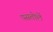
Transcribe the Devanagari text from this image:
पसतोलें